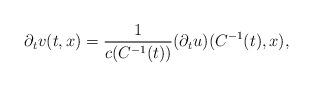
LaTeX: \begin{align*}\partial_tv(t,x)=\frac1{c(C^{-1}(t))}(\partial_tu)(C^{-1}(t),x),\end{align*}